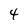
Character: 4